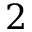
2